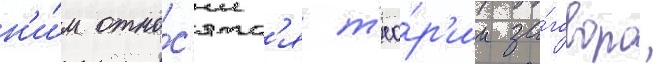
н'и́м отно́с'ятс'я т'ео́р'ии за́говора